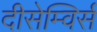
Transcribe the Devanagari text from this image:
दीसेम्विर्स